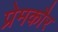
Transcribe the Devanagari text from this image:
प्रेमकौर